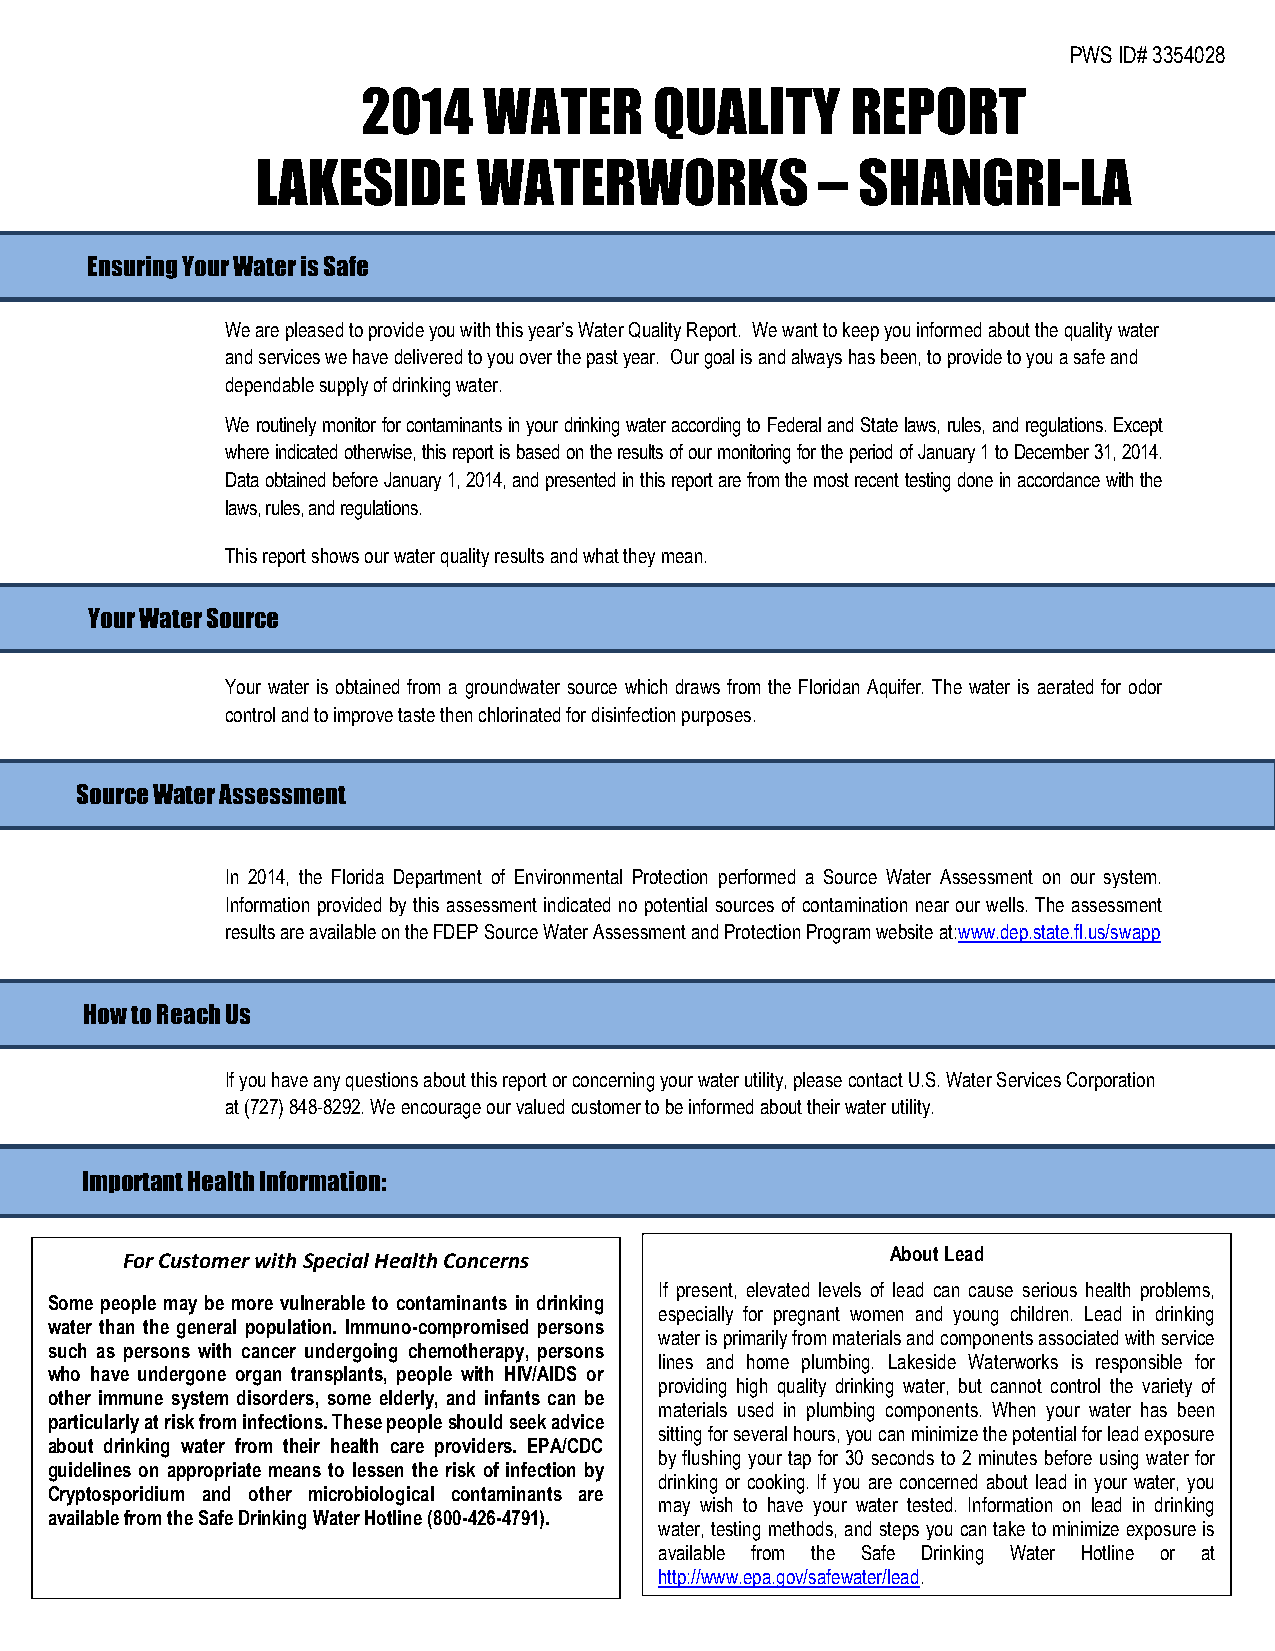
PWS ID# 3354028
 2014    WATER      QUALITY      REPORT
 LAKESIDE       WATERWORKS            –  SHANGRI-LA
 Ensuring Your Water is Safe
 We are pleased to provide you with this year’s Water Quality Report. We want to keep you informed about the quality water
 and services we have delivered to you over the past year. Our goal is and always has been, to provide to you a safe and
 dependable supply of drinking water.
 We routinely monitor for contaminants in your drinking water according to Federal and State laws, rules, and regulations. Except
 where indicated otherwise, this report is based on the results of our monitoring for the period of January 1 to December 31, 2014.
 Data obtained before January 1, 2014, and presented in this report are from the most recent testing done in accordance with the
 laws, rules, and regulations.
 This report shows our water quality results and what they mean.
 Your Water Source
 Your water is obtained from a groundwater source which draws from the Floridan Aquifer. The water is aerated for odor
 control and to improve taste then chlorinated for disinfection purposes.
 Source Water Assessment
 In 2014, the Florida Department of Environmental Protection performed a Source Water Assessment on our system.
 Information provided by this assessment indicated no potential sources of contamination near our wells. The assessment
 results are available on the FDEP Source Water Assessment and Protection Program website at:www.dep.state.fl.us/swapp
 How to Reach Us
 If you have any questions about this report or concerning your water utility, please contact U.S. Water Services Corporation
 at (727) 848-8292. We encourage our valued customer to be informed about their water utility.
 Important Health Information:
 For Customer with Special Health Concerns          About Lead
 If present, elevated levels of lead can cause serious health problems,
 Some people may be more vulnerable to contaminants in drinking
 especially for pregnant women and young children. Lead in drinking
 water than the general population. Immuno-compromised persons
 water is primarily from materials and components associated with service
 such as persons with cancer undergoing chemotherapy, persons
 lines and home plumbing. Lakeside Waterworks is responsible for
 who have undergone organ transplants, people with HIV/AIDS or
 providing high quality drinking water, but cannot control the variety of
 other immune system disorders, some elderly, and infants can be
 materials used in plumbing components. When your water has been
 particularly at risk from infections. These people should seek advice
 sitting for several hours, you can minimize the potential for lead exposure
 about drinking water from their health care providers. EPA/CDC
 by flushing your tap for 30 seconds to 2 minutes before using water for
 guidelines on appropriate means to lessen the risk of infection by
 drinking or cooking. If you are concerned about lead in your water, you
 Cryptosporidium and other microbiological contaminants are
 may wish to have your water tested. Information on lead in drinking
 available from the Safe Drinking Water Hotline (800-426-4791).
 water, testing methods, and steps you can take to minimize exposure is
 available from the Safe Drinking Water Hotline or at
 http://www.epa.gov/safewater/lead.